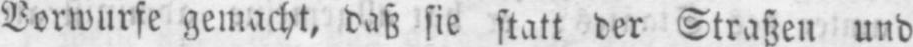
Vorwurfe gemacht, daß sie statt der Straßen und